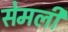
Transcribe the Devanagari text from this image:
सेमली